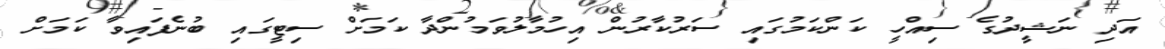
އަދި ނަޝީދުގެ ސިއްހީ ކަންކަމުގައި ސަރުކާރުން އިހުމާލުވަމުންދާ ކަމަށް ސިޓީގައި ބުނެފައިވާ ކަމަށް